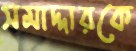
সমাদ্দারকে